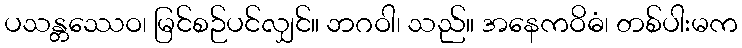
ပသန္တဿေဝ၊ မြင်စဉ်ပင်လျှင်။ ဘဂဝါ၊ သည်။ အနေကဝိဓံ၊ တစ်ပါးမက